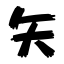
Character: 矢